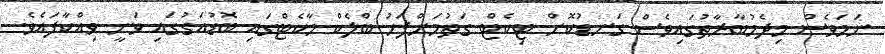
ނަމަވެސް މިދެމުބާރާތުގައިވެސް ގަނޑުކޮށް ޓިކެޓް ގަތުމަށްފަހު ބްލެކް މާކެޓްގައި ބޮޑުއަގުގައި ވަނީ ވިއްކާފައެވެ.